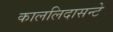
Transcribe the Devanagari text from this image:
काललिदासन्टे